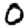
Digit: 0